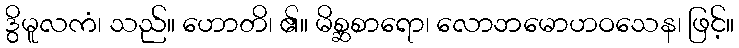
ဒွိမူလကံ၊ သည်။ ဟောတိ၊ ၏။ မိစ္ဆစာရော၊ လောဘမောဟဝသေန၊ ဖြင့်။